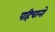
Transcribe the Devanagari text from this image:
पहिचानो